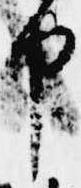
申